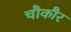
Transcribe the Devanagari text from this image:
चौकौर